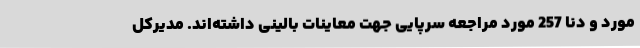
مورد و دنا 257 مورد مراجعه سرپایی جهت معاینات بالینی داشته‌اند. مدیرکل